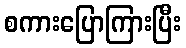
စကားပြောကြားပြီး